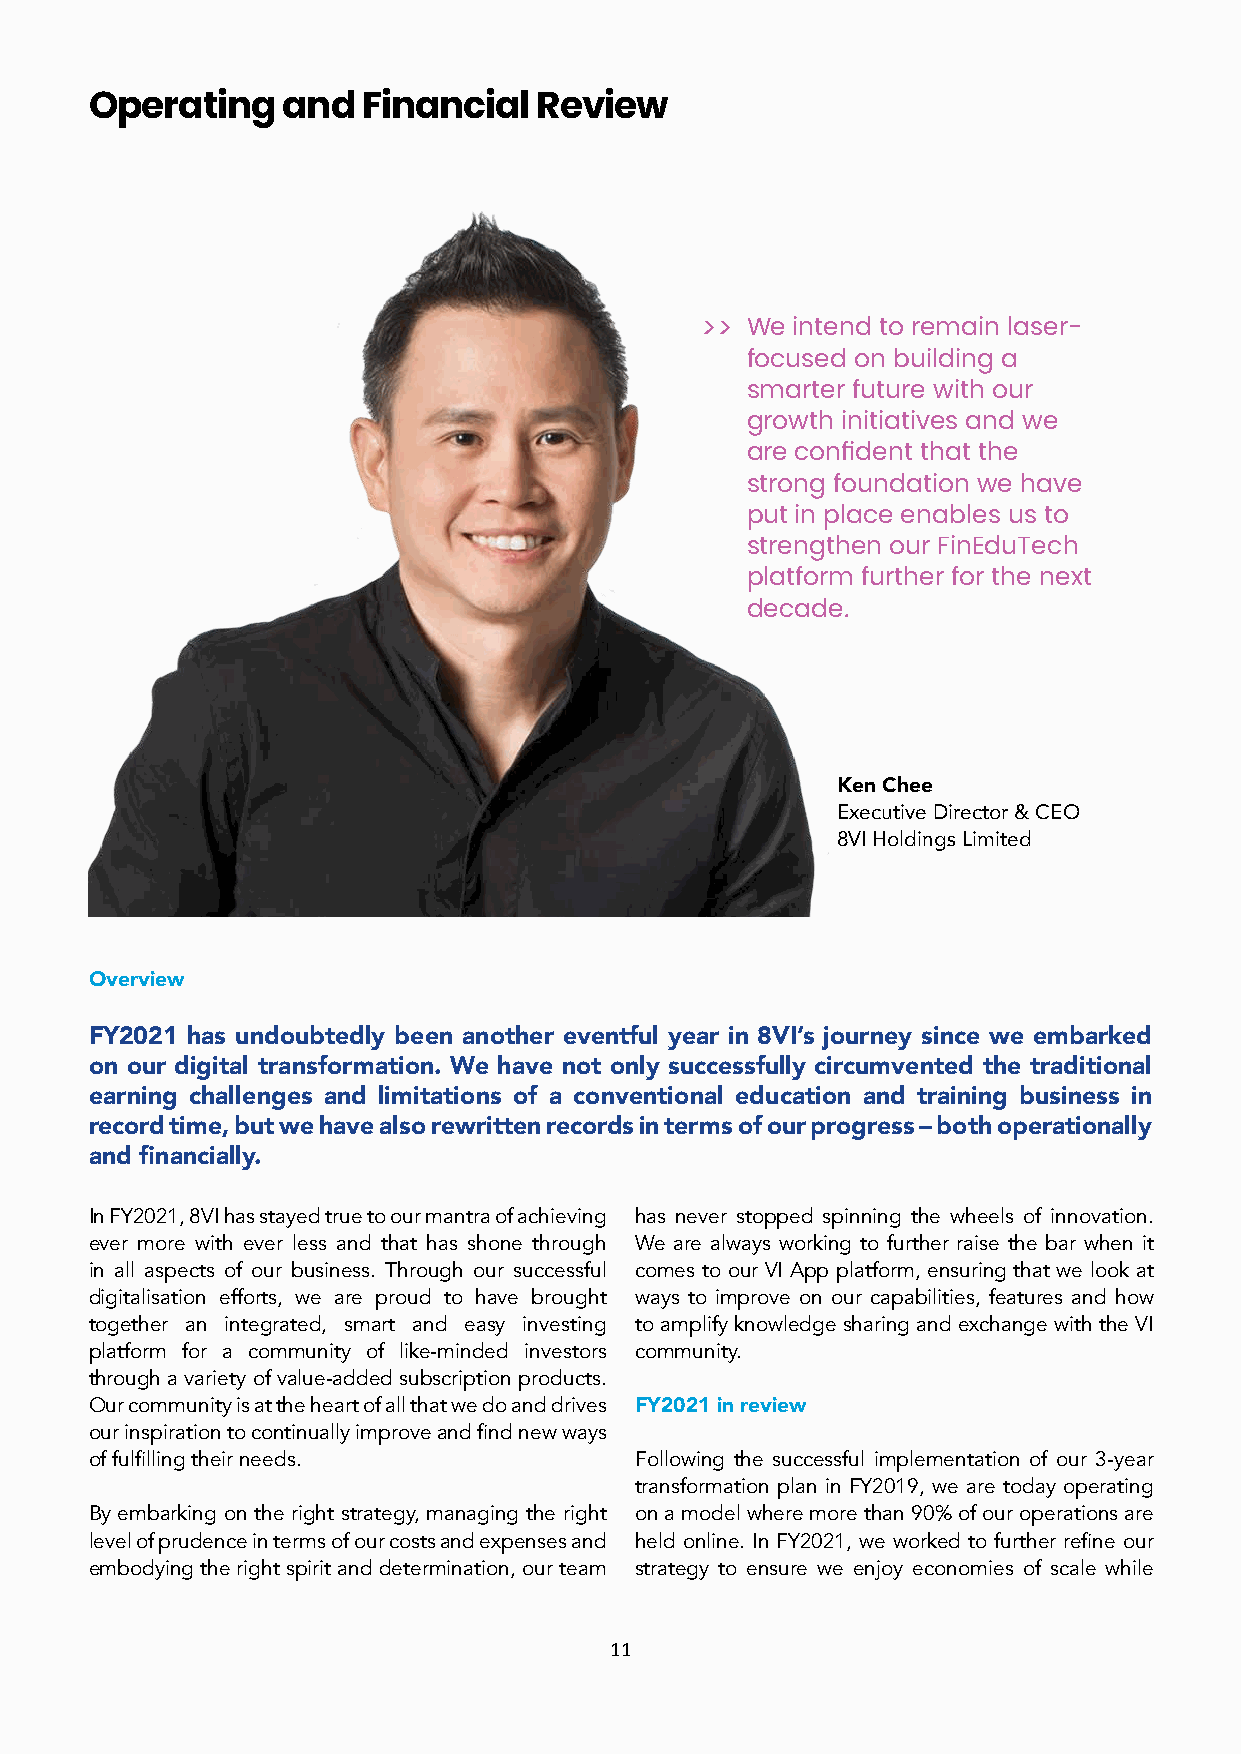
Operating    and  Financial  Review
 >> We intend to remain laser-
 focused on building a
 smarter future with our
 growth initiatives and we
 are confident that the
 strong foundation we have
 put in place enables us to
 strengthen our FinEduTech
 platform further for the next
 decade.
 Ken Chee
 Executive Director & CEO
 8VI Holdings Limited
 Overview
 FY2021 has undoubtedly been another eventful year in 8VI’s journey since we embarked
 on our digital transformation. We have not only successfully circumvented the traditional
 earning challenges and limitations of a conventional education and training business in
 record time, but we have also rewritten records in terms of our progress – both operationally
 and financially.
 In FY2021, 8VI has stayed true to our mantra of achieving has never stopped spinning the wheels of innovation.
 ever more with ever less and that has shone through We are always working to further raise the bar when it
 in all aspects of our business. Through our successful comes to our VI App platform, ensuring that we look at
 digitalisation efforts, we are proud to have brought ways to improve on our capabilities, features and how
 together an integrated, smart and easy investing to amplify knowledge sharing and exchange with the VI
 platform for a community of like-minded investors community.
 through a variety of value-added subscription products.
 Our community is at the heart of all that we do and drives FY2021 in review
 our inspiration to continually improve and find new ways
 of fulfilling their needs.          Following the successful implementation of our 3-year
 transformation plan in FY2019, we are today operating
 By embarking on the right strategy, managing the right on a model where more than 90% of our operations are
 level of prudence in terms of our costs and expenses and held online. In FY2021, we worked to further refine our
 embodying the right spirit and determination, our team strategy to ensure we enjoy economies of scale while
 11